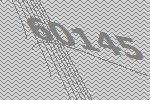
60145